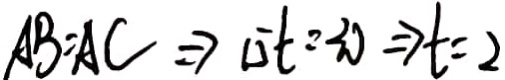
A B = A C \Rightarrow 1 5 t = 3 0 \Rightarrow t = 2